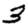
Digit: 3